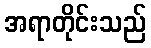
အရာတိုင်းသည်